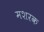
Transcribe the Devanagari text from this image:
मशरक